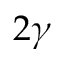
2 \gamma